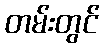
တမ်းတွင်